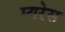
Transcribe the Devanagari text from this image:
म्यरेस